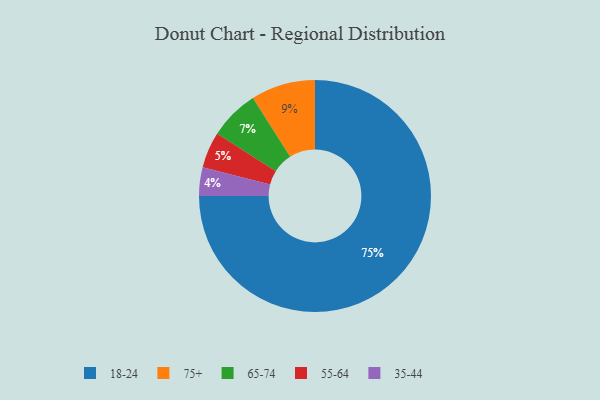
{"axis": {"x": "Category", "y": "Percentage"}, "legend": ["18-24", "35-44", "55-64", "65-74", "75+"], "data": [{"x": "55-64", "y": 5, "type": "55-64"}, {"x": "65-74", "y": 7, "type": "65-74"}, {"x": "18-24", "y": 75, "type": "18-24"}, {"x": "75+", "y": 9, "type": "75+"}, {"x": "35-44", "y": 4, "type": "35-44"}]}